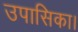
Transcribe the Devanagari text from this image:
उपासिका।